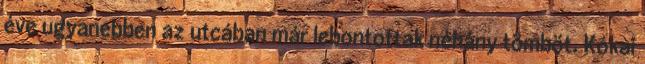
éve ugyanebben az utcában már lebontottak néhány tömböt. Kókai